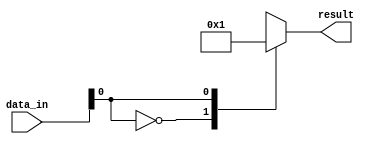
module behavioral_modeling_blocks (
    input wire [7:0] data_in,
    output reg [2:0] result
);

always @* begin
    casez(data_in)
        8'b???????0: result = 3'b000; // If the last bit is 0
        8'b???????1: result = 3'b001; // If the last bit is 1
        8'b??????10: result = 3'b010; // If the last two bits are 10
        8'b??????11: result = 3'b011; // If the last two bits are 11
        default: result = 3'b111; // Default case
    endcase
end

endmodule